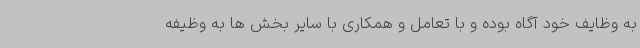
به وظایف خود آگاه بوده و با تعامل و همکاری با سایر بخش ها به وظیفه